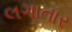
લગાતાર